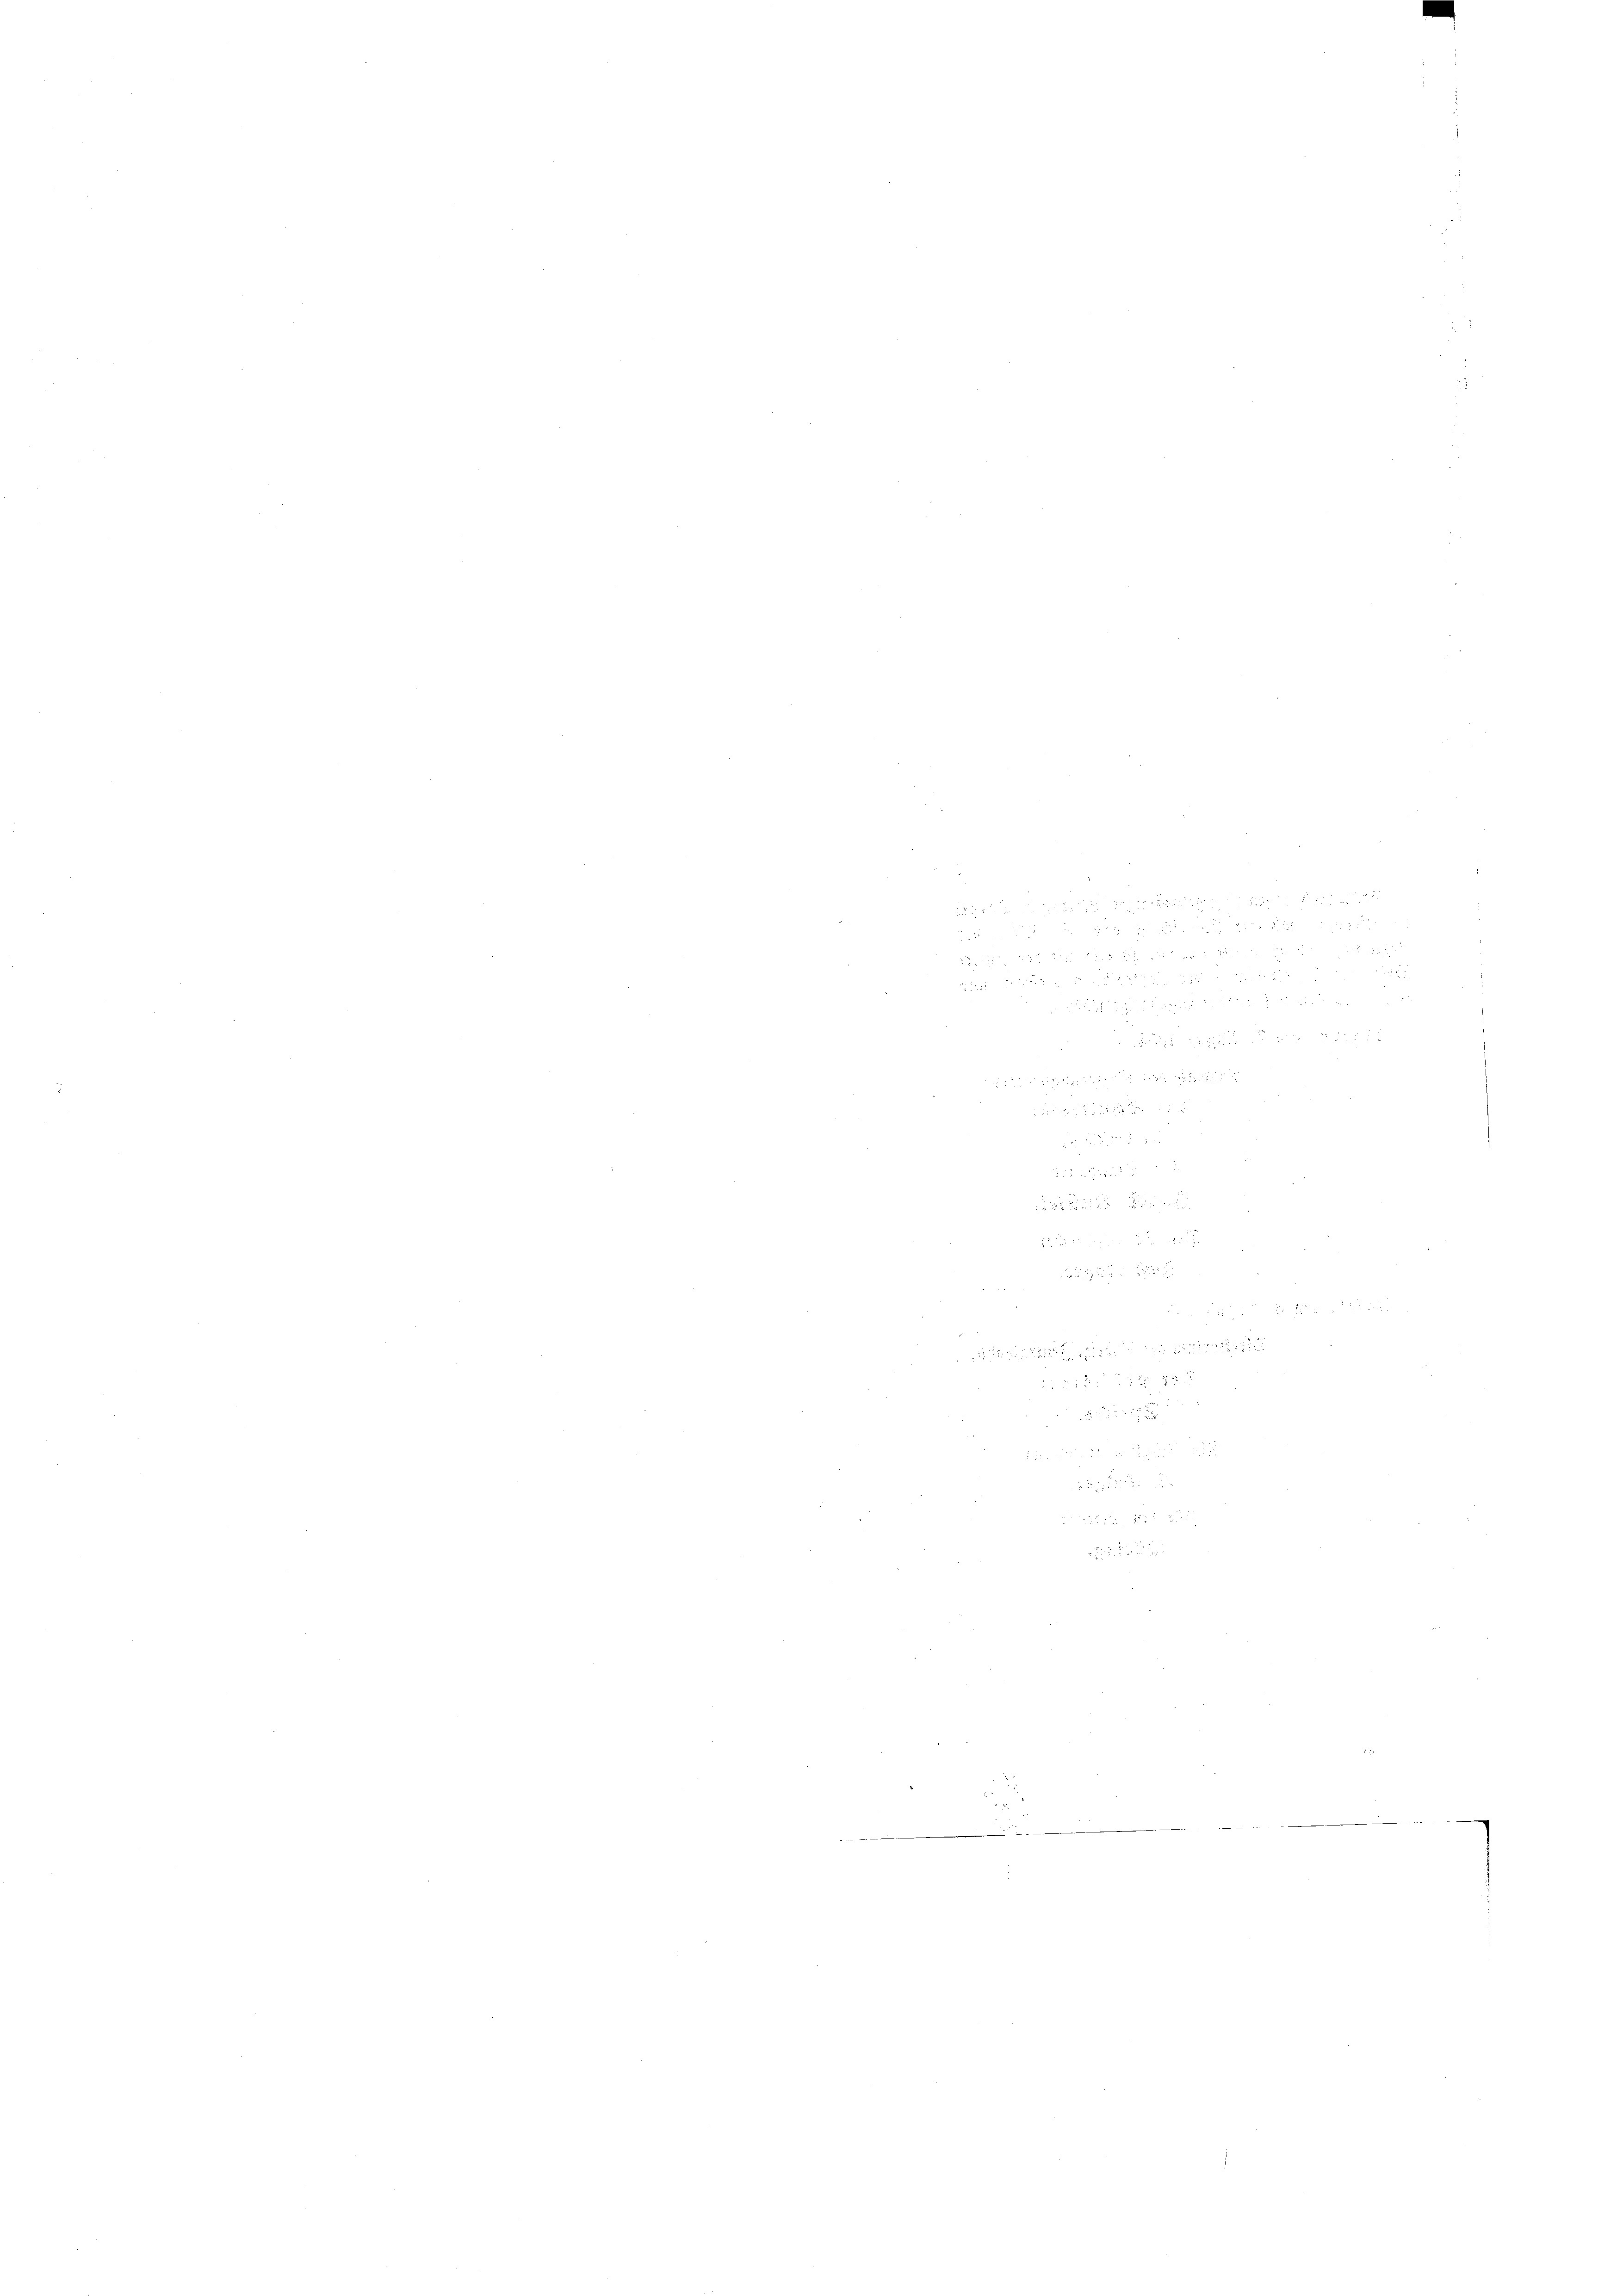
ich

2 S. 2
25 f 24 x
e

x

5 x 1 xx